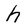
Character: h